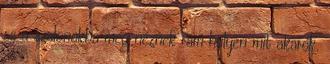
se a szalonokba meg néznek rám hülyén mit akarok.